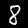
Digit: 8